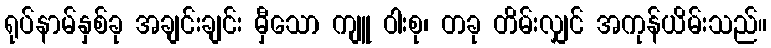
ရုပ်နာမ်နှစ်ခု အချင်းချင်း မှီသော ကျူ ဝါးစု၊ တခု တိမ်းလျှင် အကုန်ယိမ်းသည်။